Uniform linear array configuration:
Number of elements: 8
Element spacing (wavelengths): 0.25
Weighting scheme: hamming
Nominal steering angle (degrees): -30
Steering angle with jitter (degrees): -30.832
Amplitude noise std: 0.05
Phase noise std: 0.05

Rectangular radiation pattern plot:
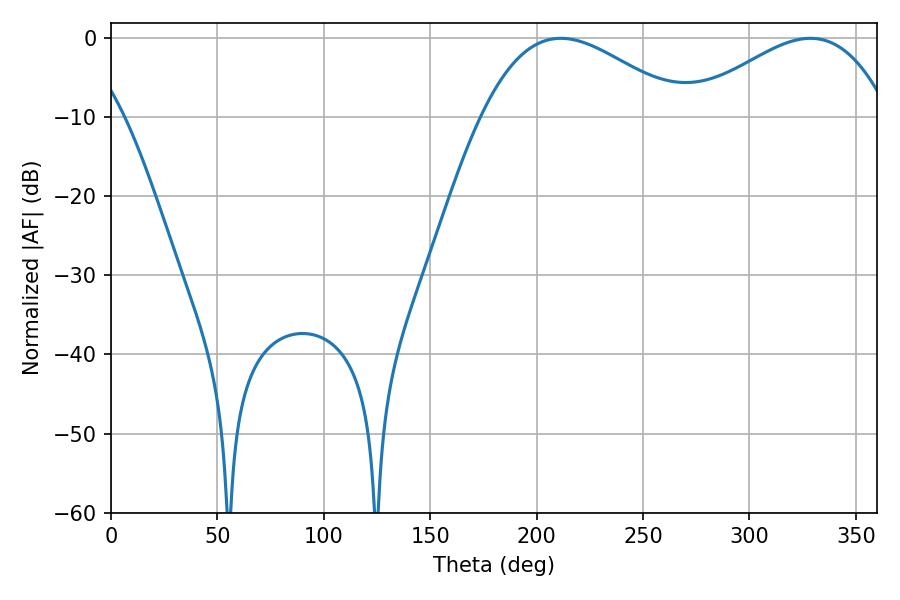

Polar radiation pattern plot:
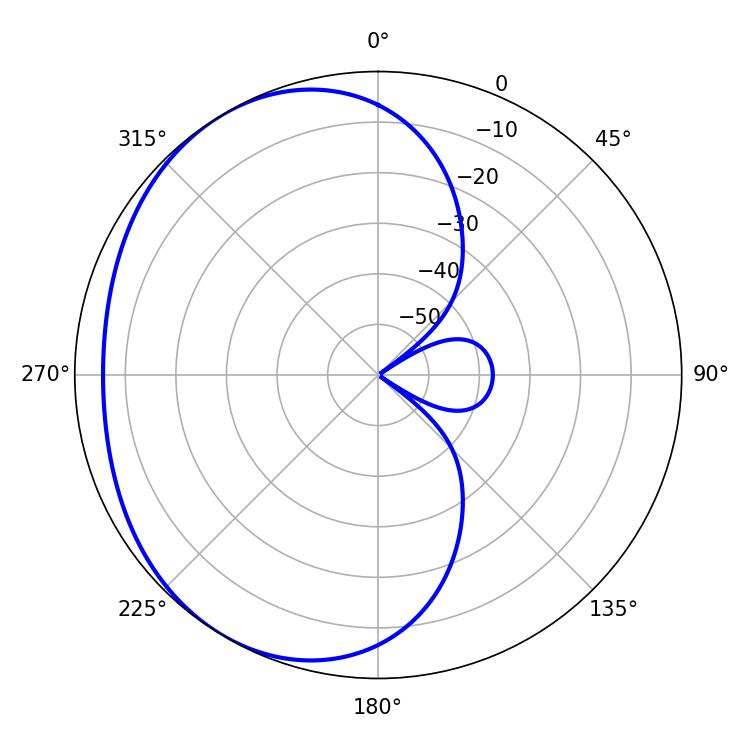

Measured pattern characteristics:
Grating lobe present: FALSE
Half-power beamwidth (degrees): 51.12
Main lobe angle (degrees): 211.32